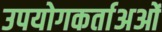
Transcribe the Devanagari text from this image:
उपयोगकर्ताअओं